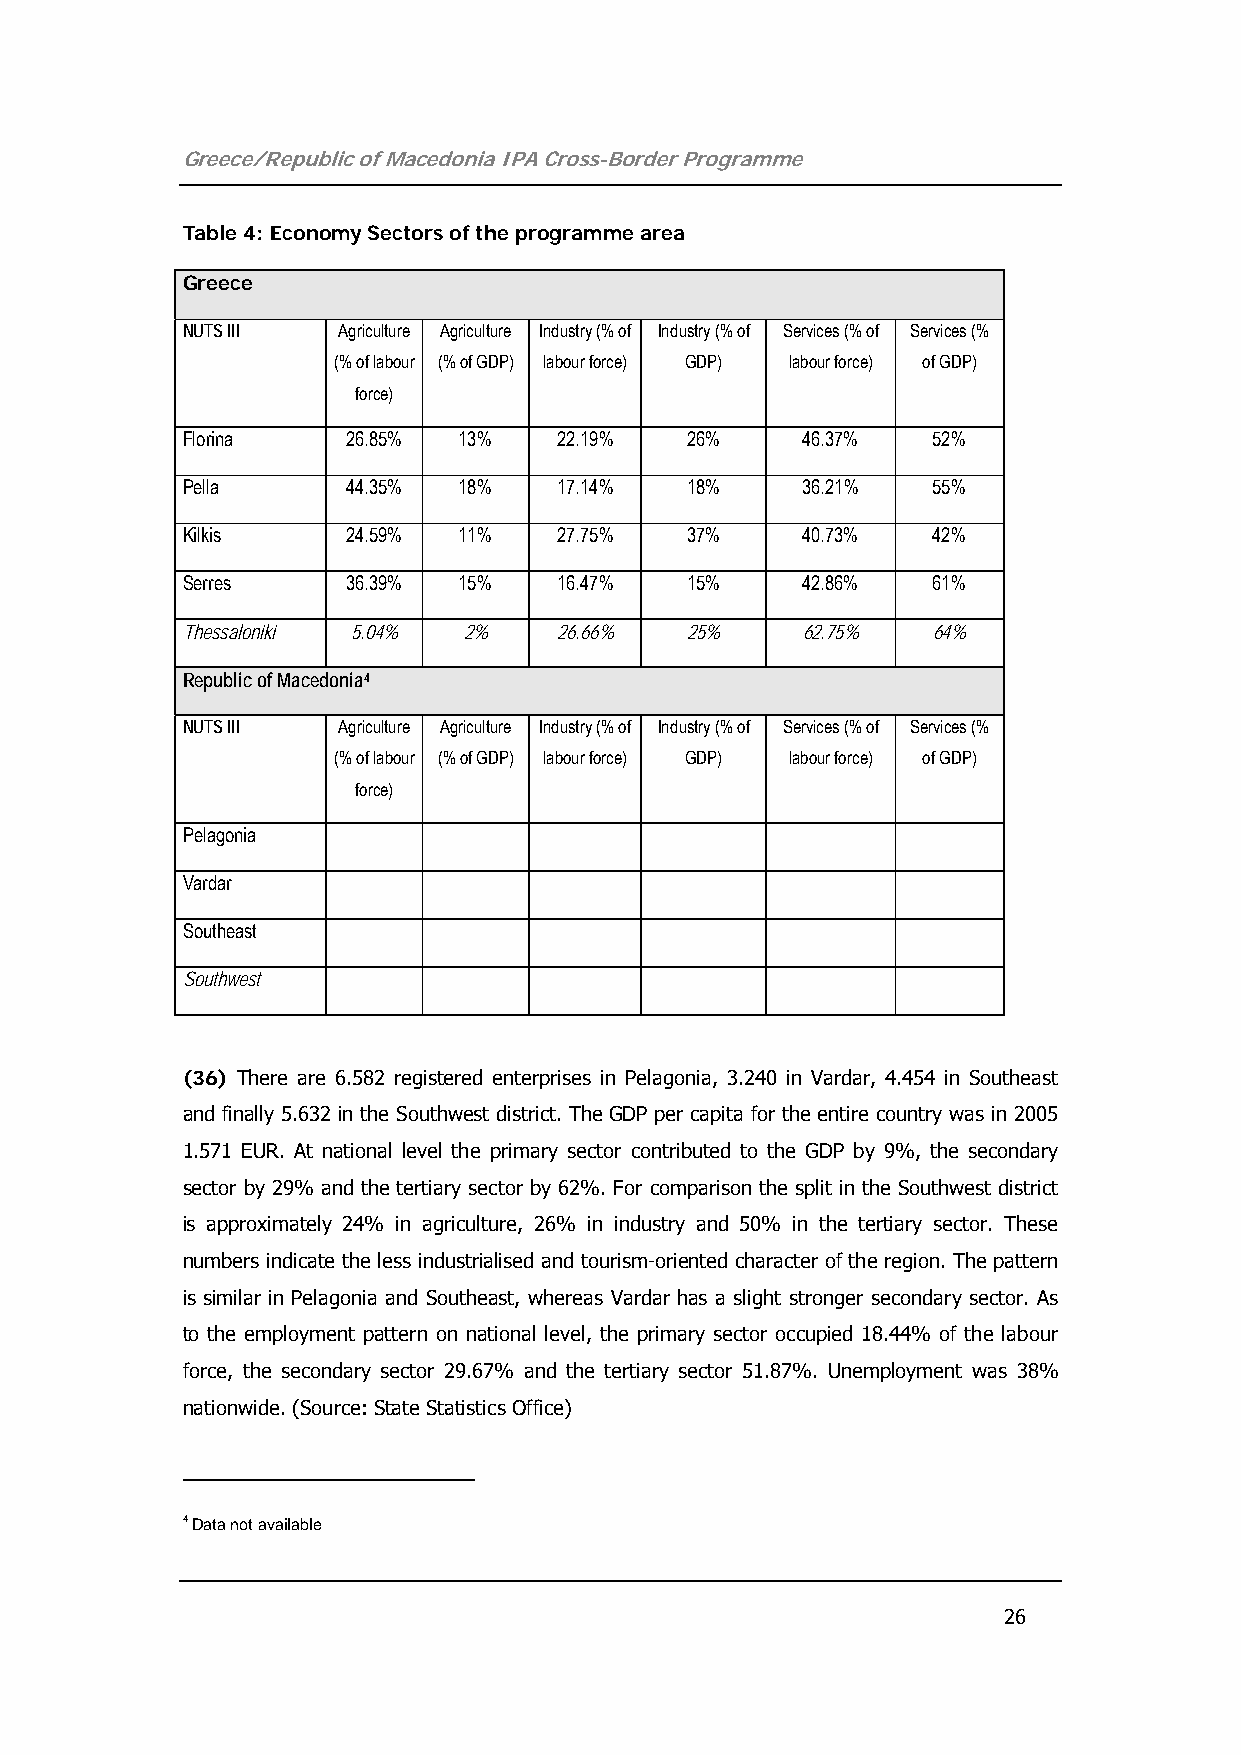
Greece/Republic of Macedonia IPA Cross-Border Programme
 Table 4: Economy Sectors of the programme area
 Greece
 NUTS III  Agriculture Agriculture Industry (% of Industry (% of Services (% of Services (%
 (% of labour (% of GDP) labour force) GDP) labour force) of GDP)
 force)
 Florina    26.85% 13%    22.19%  26%     46.37%   52%
 Pella      44.35% 18%    17.14%  18%     36.21%   55%
 Kilkis     24.59% 11%    27.75%  37%     40.73%   42%
 Serres     36.39% 15%    16.47%  15%     42.86%   61%
 Thessaloniki 5.04% 2%    26.66%  25%     62.75%   64%
 Republic of Macedonia4
 NUTS III  Agriculture Agriculture Industry (% of Industry (% of Services (% of Services (%
 (% of labour (% of GDP) labour force) GDP) labour force) of GDP)
 force)
 Pelagonia
 Vardar
 Southeast
 Southwest
 (36) There are 6.582 registered enterprises in Pelagonia, 3.240 in Vardar, 4.454 in Southeast
 and finally 5.632 in the Southwest district. The GDP per capita for the entire country was in 2005
 1.571 EUR. At national level the primary sector contributed to the GDP by 9%, the secondary
 sector by 29% and the tertiary sector by 62%. For comparison the split in the Southwest district
 is approximately 24% in agriculture, 26% in industry and 50% in the tertiary sector. These
 numbers indicate the less industrialised and tourism-oriented character of the region. The pattern
 is similar in Pelagonia and Southeast, whereas Vardar has a slight stronger secondary sector. As
 to the employment pattern on national level, the primary sector occupied 18.44% of the labour
 force, the secondary sector 29.67% and the tertiary sector 51.87%. Unemployment was 38%
 nationwide. (Source: State Statistics Office)
 4 Data not available
 26